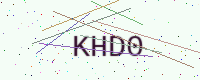
Text: KHD0